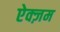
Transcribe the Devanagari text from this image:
ऐक्ज़म